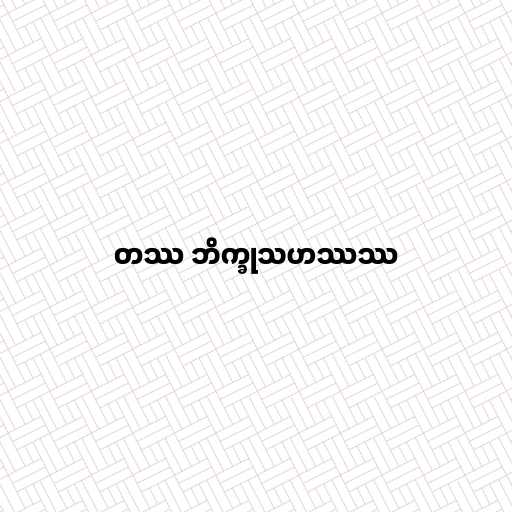
တဿ ဘိက္ခုသဟဿဿ